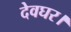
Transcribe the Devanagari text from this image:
देवघर।